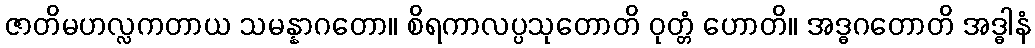
ဇာတိမဟလ္လကတာယ သမန္နာဂတော။ စိရကာလပ္ပသုတောတိ ဝုတ္တံ ဟောတိ။ အဒ္ဓဂတောတိ အဒ္ဓါနံ